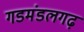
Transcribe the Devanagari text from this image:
गडमंडलगढ़